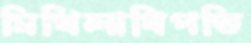
মিথিলাধিপতি